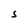
Character: S